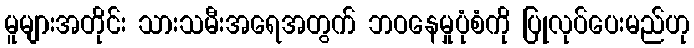
မူများအတိုင်း သားသမီးအရေအတွက် ဘဝနေမှုပုံစံကို ပြုလုပ်ပေးမည်ဟု